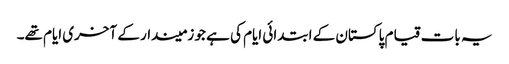
یہ بات قیام پاکستان کے ابتدائی ایام کی ہے جو زمیندار کے آخری ایام تھے۔